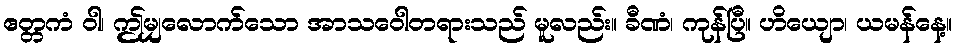
ဧတ္တကံ ဝါ၊ ဤမျှလောက်သော အာသဝေါတရားသည် မူလည်း။ ခီဏံ၊ ကုန်ပြီ။ ဟိယျော၊ ယမန်နေ့။